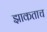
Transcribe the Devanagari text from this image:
झाकताच